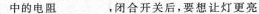
中的电阻___，闭合开关后，要想让灯更亮